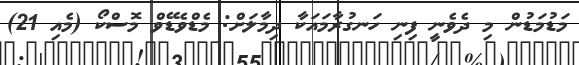
މަޑުމަޑުން މި ދެވެނީ ފިނި ހަނގުރާމައަކާ ދިމާލަށް: މެޑްވެޑޭވް މޮސްކޯ (މެއި 21)